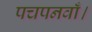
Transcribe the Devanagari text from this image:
पचपनवाँ।